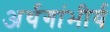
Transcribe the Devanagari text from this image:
अर्थगांभीर्य